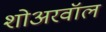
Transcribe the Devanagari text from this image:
शोअरवॉल